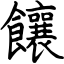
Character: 饟